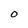
Character: 0